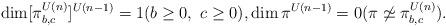
LaTeX: \begin{align*} \dim [\pi^{U(n)}_{b,c}]^{U(n-1)} = 1 (b\ge 0, \ c\ge 0), \dim\pi^{U(n-1)} = 0 (\pi \not\simeq \pi^{U(n)}_{b,c}).\end{align*}